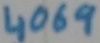
Text: 4069